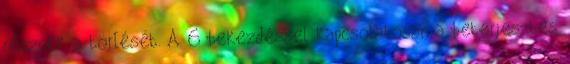
résznek a törlését. A 6 bekezdéssel kapcsolatosan a beterjesztés